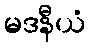
မဒနီယံ